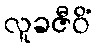
လူခဇီဝိံ